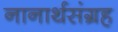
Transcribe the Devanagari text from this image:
नानार्थसंग्रह